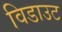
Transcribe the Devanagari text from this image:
विडाउट